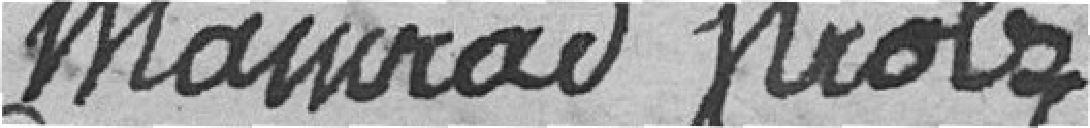
Mainard  Strolz